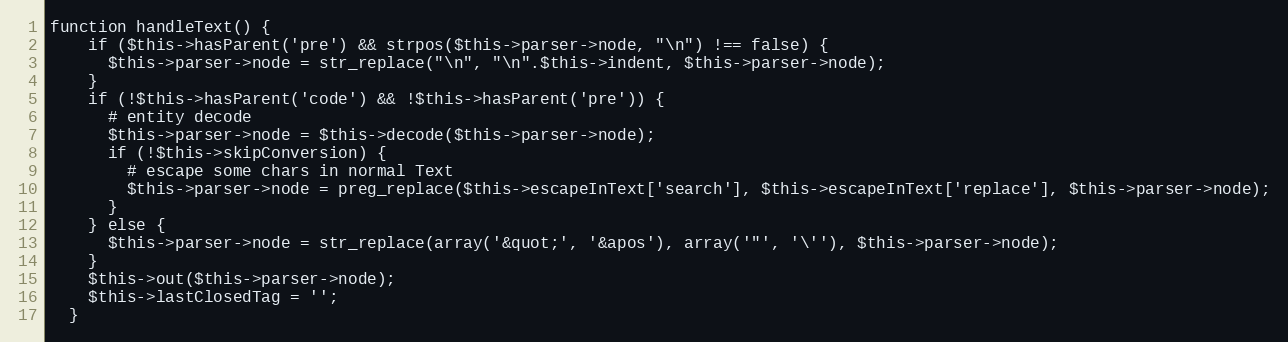
Language: PHP
function handleText() {
    if ($this->hasParent('pre') && strpos($this->parser->node, "\n") !== false) {
      $this->parser->node = str_replace("\n", "\n".$this->indent, $this->parser->node);
    }
    if (!$this->hasParent('code') && !$this->hasParent('pre')) {
      # entity decode
      $this->parser->node = $this->decode($this->parser->node);
      if (!$this->skipConversion) {
        # escape some chars in normal Text
        $this->parser->node = preg_replace($this->escapeInText['search'], $this->escapeInText['replace'], $this->parser->node);
      }
    } else {
      $this->parser->node = str_replace(array('&quot;', '&apos'), array('"', '\''), $this->parser->node);
    }
    $this->out($this->parser->node);
    $this->lastClosedTag = '';
  }